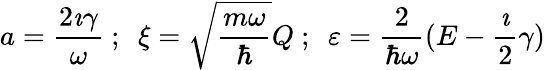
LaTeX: a=\frac{2\imath\gamma}{\omega}\ ;\ \ \xi=\sqrt{\frac{m\omega}{\hbar}}Q\ ;\ \ \varepsilon=\frac{2}{\hbar\omega}(E-\frac{\imath}{2}\gamma)